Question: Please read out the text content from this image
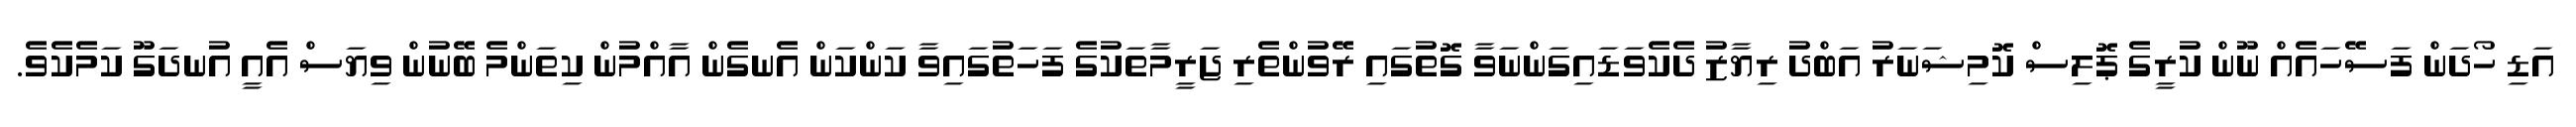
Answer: އަޑި ހޯދަން ފަސޭހައެއް ނޫން ކުރީގެ ޕޮލިސް ކޮމިޝަނަރު އަބްދު ރިޔާޒު ދެކެވަޑައިގަންނަވާ ގޮތުގައި ރޭވުންތެރި ޖަރީމާތަކުގެ ފަހަތުގައިވާ ކަންކަން އެނގެން އާއްމުން ކިތަންމެ ބޭނުން ވިޔަސް އެއީ އުނދަގޫ ކަމެކެވެ.